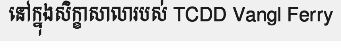
នៅក្នុងសិក្ខាសាលារបស់ TCDD Vangl Ferry